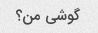
گوشی من؟